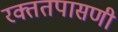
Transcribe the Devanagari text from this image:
रक्ततपासणी